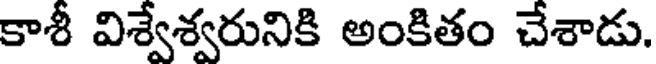
కాశీ విశ్వేశ్వరునికి అంకితం చేశాడు.